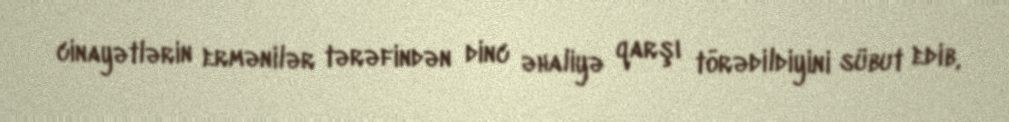
cinayətlərin ermənilər tərəfindən dinc əhaliyə qarşı törədildiyini sübut edib,